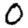
Digit: 0